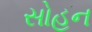
સોહન